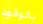
بالوقود